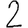
Digit: 2